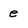
Character: e